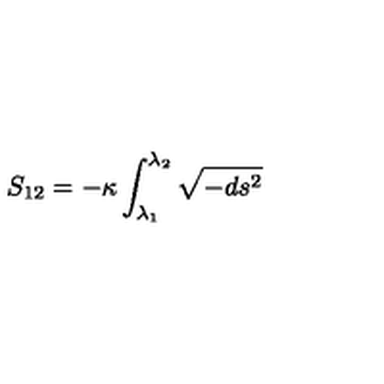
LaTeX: S _ { 1 2 } = - \kappa \int _ { \lambda _ { 1 } } ^ { \lambda _ { 2 } } \sqrt { - d s ^ { 2 } }